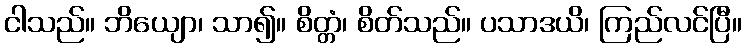
ငါသည်။ ဘိယျော၊ သာ၍။ စိတ္တံ၊ စိတ်သည်။ ပသာဒယိ၊ ကြည်လင်ပြီ။